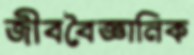
জীববৈজ্ঞানিক